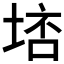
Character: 𡌮